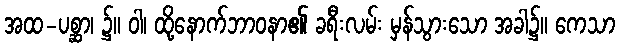
အထ-ပစ္ဆာ၊ ၌။ ဝါ၊ ထို့နောက်ဘာဝနာ၏ ခရီးလမ်း မှန်သွားသော အခါ၌။ ကေသာ